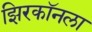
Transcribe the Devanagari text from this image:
झिरकॉनला